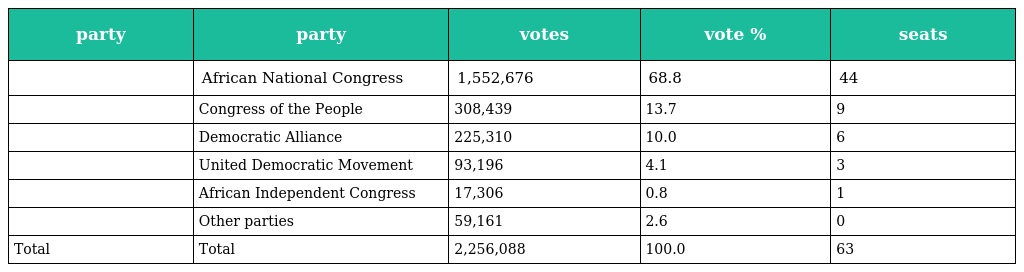
| party | party | votes | vote % | seats |
 | --- | --- | --- | --- | --- |
 |  | African National Congress | 1,552,676 | 68.8 | 44 |
 |  | Congress of the People | 308,439 | 13.7 | 9 |
 |  | Democratic Alliance | 225,310 | 10.0 | 6 |
 |  | United Democratic Movement | 93,196 | 4.1 | 3 |
 |  | African Independent Congress | 17,306 | 0.8 | 1 |
 |  | Other parties | 59,161 | 2.6 | 0 |
 | Total | Total | 2,256,088 | 100.0 | 63 |